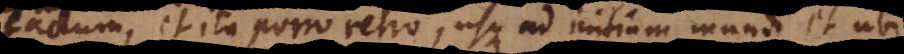
factum, et ita porro retro, usque ad initium mundi, et ubi